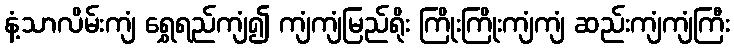
နံ့သာလိမ်းကျံ ရွှေရည်ကျံ၍ ကျံကျံမြည်ရိုး ကြိုးကြိုးကျံကျံ ဆည်းကျံကျံကြီး